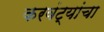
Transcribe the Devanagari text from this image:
करवंट्यांचा